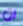
ان